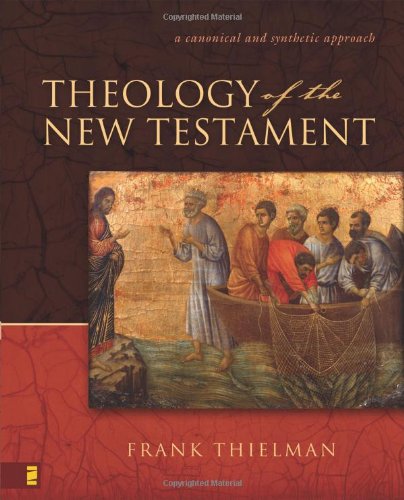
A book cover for Theology of the New Testament: A Canonical and Synthetic Approach; Frank S. Thielman; Christian Books & Bibles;